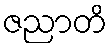
ဇညာတိ